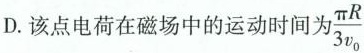
D.该点电荷在磁场中的运动时间为\frac{π R}{3v_{0}}